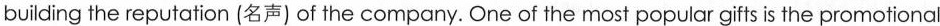
building the reputation (名声) of the company. One of the most popular gifts is the promotional